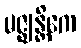
မဇ္ဈန္တိကေ